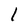
Character: l